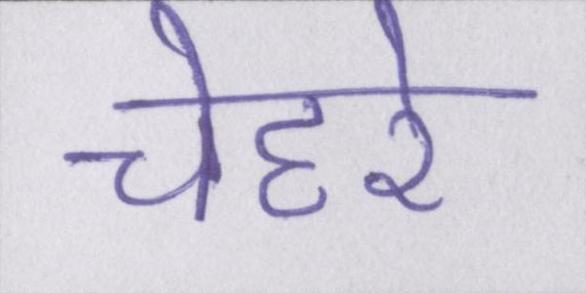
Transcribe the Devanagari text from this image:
चेहरे